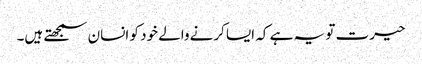
حیرت تو یہ ہے کہ ایسا کرنےوالے خود کو انسان سمجھتے ہیں۔